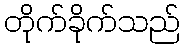
တိုက်ခိုက်သည်